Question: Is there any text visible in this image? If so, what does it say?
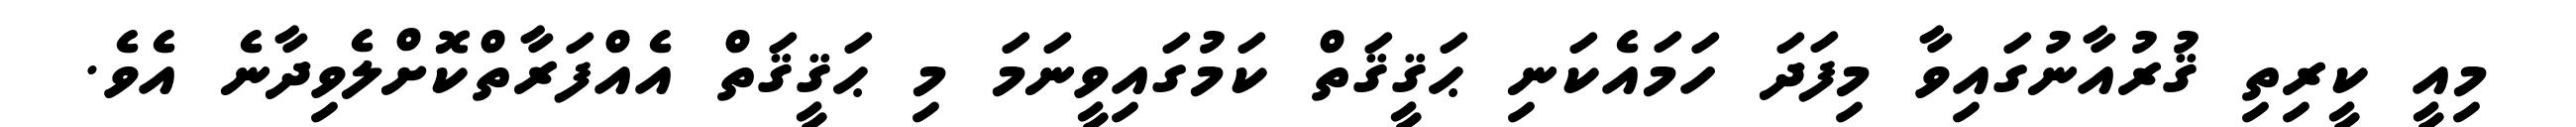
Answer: މިއީ ކީރިތި ޤުރުއާނުގައިވާ މިފަދަ ހަމައެކަނި ޙަޤީޤަތް ކަމުގައިވީނަމަ މި ޙަޤީޤަތް އެއްފަރާތްކޮށްލެވިދާނެ އެވެ.